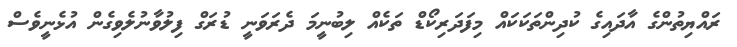
ރައްޔިތުންގެ އާދައިގެ ކުދިންތަކަކައް މިފަދަރިކޯޑް ތަކެއް ލިބުނީމަ ދެރަވަނީ ޑުރަގް ފިލުވާނުލެވިގެން އުޅެނީވެސް